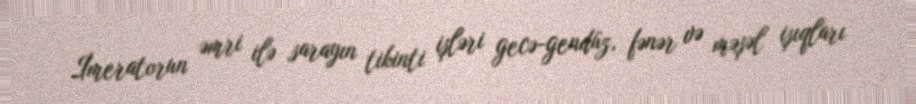
İmeratorun əmri ilə sarayın tikinti işləri gecə-gendüz, fənər və məşəl işıqları